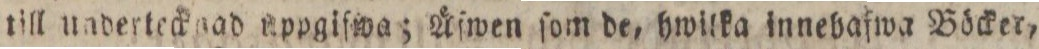
till undertecknad uppgiſwa; Äſwen ſom de, hwilka innebaſwa Böcker,